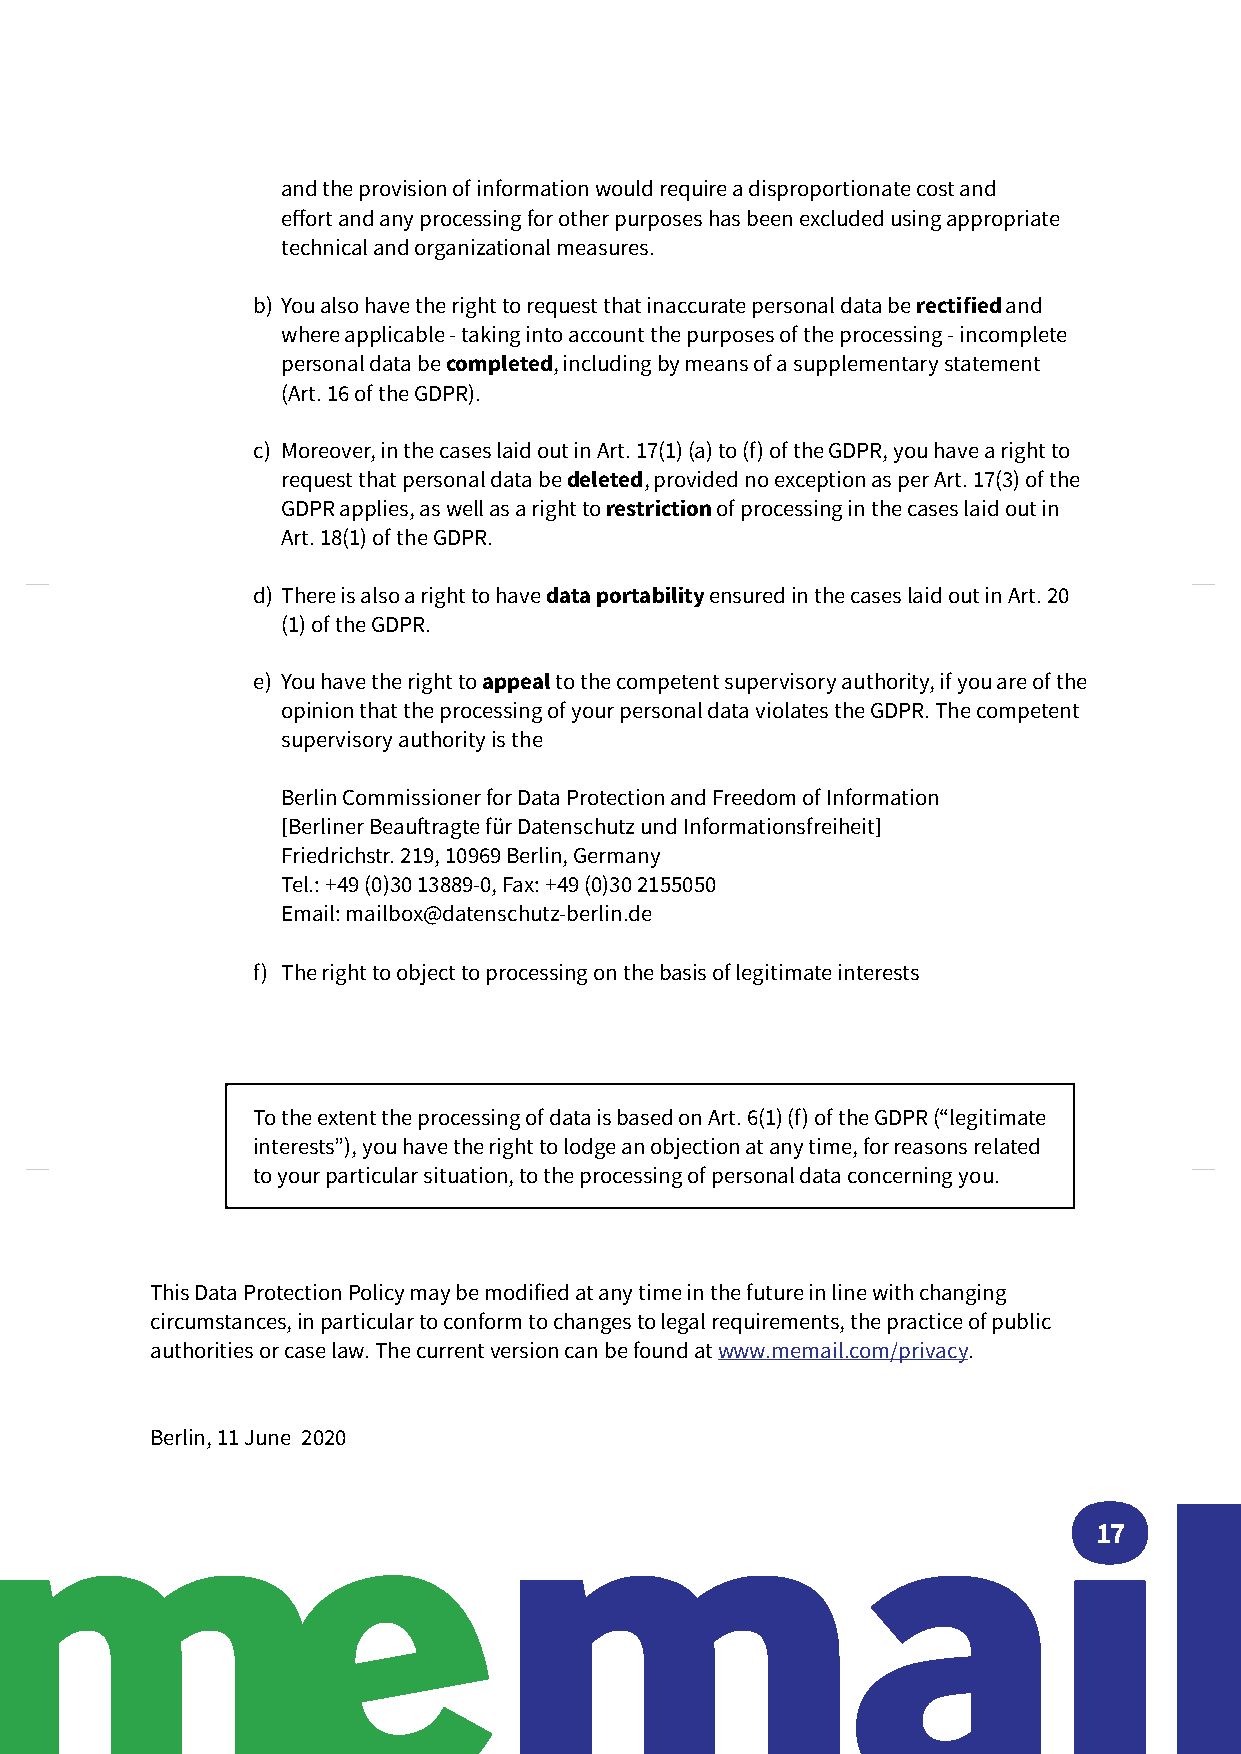
and the provision of information would require a disproportionate cost and
 effort and any processing for other purposes has been excluded using appropriate
 technical and organizational measures.
 b) You also have the right to request that inaccurate personal data be rectified and
 where applicable - taking into account the purposes of the processing - incomplete
 personal data be completed, including by means of a supplementary statement
 (Art. 16 of the GDPR).
 c) Moreover, in the cases laid out in Art. 17(1) (a) to (f) of the GDPR, you have a right to
 request that personal data be deleted, provided no exception as per Art. 17(3) of the
 GDPR applies, as well as a right to restriction of processing in the cases laid out in
 Art. 18(1) of the GDPR.
 d) There is also a right to have data portability ensured in the cases laid out in Art. 20
 (1) of the GDPR.
 e) You have the right to appeal to the competent supervisory authority, if you are of the
 opinion that the processing of your personal data violates the GDPR. The competent
 supervisory authority is the
 Berlin Commissioner for Data Protection and Freedom of Information
 [Berliner Beauftragte für Datenschutz und Informationsfreiheit]
 Friedrichstr. 219, 10969 Berlin, Germany
 Tel.: +49 (0)30 13889-0, Fax: +49 (0)30 2155050
 Email: mailbox@datenschutz-berlin.de
 f) The right to object to processing on the basis of legitimate interests
 To the extent the processing of data is based on Art. 6(1) (f) of the GDPR (“legitimate
 interests”), you have the right to lodge an objection at any time, for reasons related
 to your particular situation, to the processing of personal data concerning you.
 This Data Protection Policy may be modified at any time in the future in line with changing
 circumstances, in particular to conform to changes to legal requirements, the practice of public
 authorities or case law. The current version can be found at www.memail.com/privacy.
 Berlin, 11 June 2020
 17